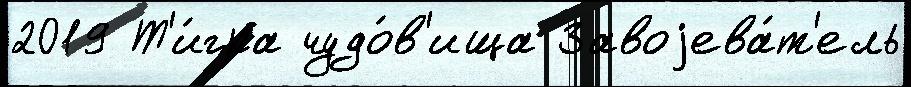
2019 Т'и́гра чудо́в'ища Завоjева́т'ель